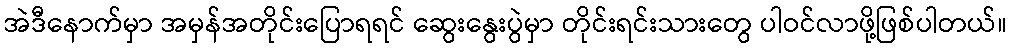
အဲဒီနောက်မှာ အမှန်အတိုင်းပြောရရင် ဆွေးနွေးပွဲမှာ တိုင်းရင်းသားတွေ ပါဝင်လာဖို့ဖြစ်ပါတယ်။